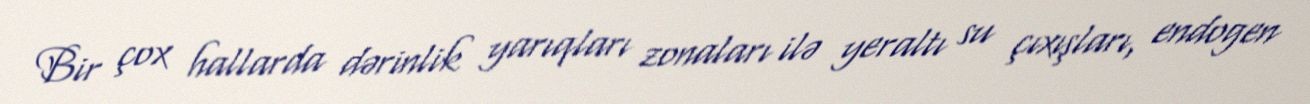
Bir çox hallarda dərinlik yarıqları zonaları ilə yeraltı su çıxışları, endogen